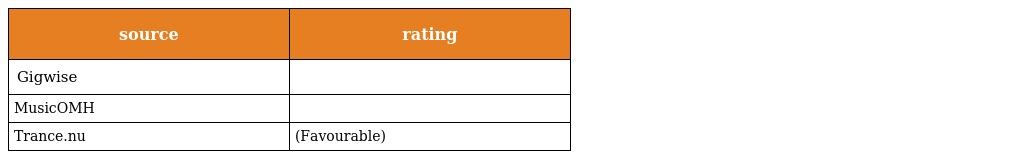
| source | rating |
 | --- | --- |
 | Gigwise |  |
 | MusicOMH |  |
 | Trance.nu | (Favourable) |